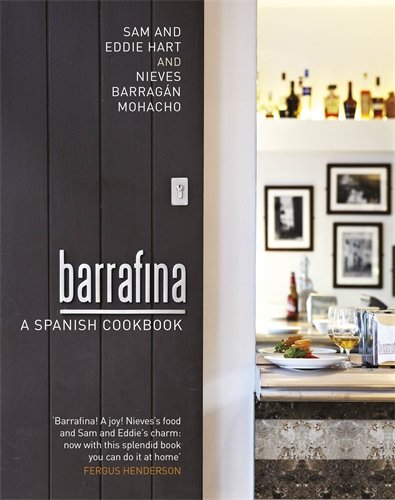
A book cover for Barrafina: A Spanish Cookbook; Sam Hart; Cookbooks, Food & Wine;